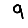
Digit: 9